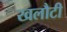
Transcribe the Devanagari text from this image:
खलौटी